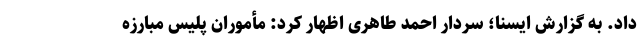
داد. به گزارش ایسنا؛ سردار احمد طاهری اظهار کرد: مأموران پلیس مبارزه